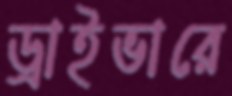
ড্রাইভারে